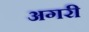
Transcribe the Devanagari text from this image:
अगरी